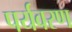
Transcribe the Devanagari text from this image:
पर्यवरण